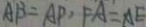
A B = A P , F A = A E